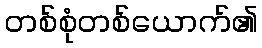
တစ်စုံတစ်ယောက်၏